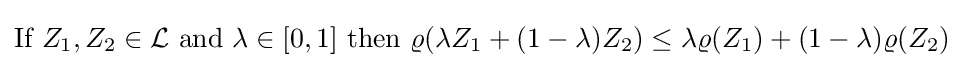
{\text{If }}Z_{1},Z_{2}\in {\mathcal {L}}{\text{ and }}\lambda \in [0,1]{\text{ then }}\varrho (\lambda Z_{1}+(1-\lambda )Z_{2})\leq \lambda \varrho (Z_{1})+(1-\lambda )\varrho (Z_{2})